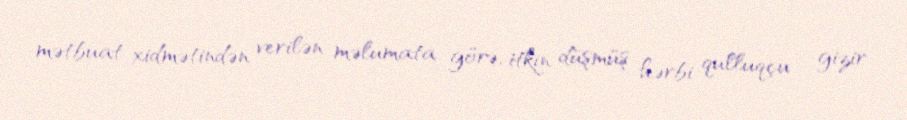
mətbuat xidmətindən verilən məlumata görə, itkin düşmüş hərbi qulluqçu – gizir